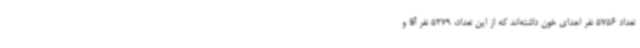
تعداد 5756 نفر اهدای خون داشته‌اند که از این تعداد، 5279 نفر آقا و